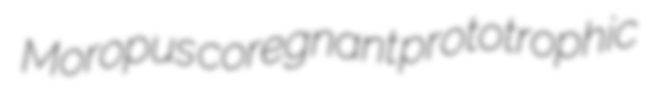
Moropus coregnant prototrophic